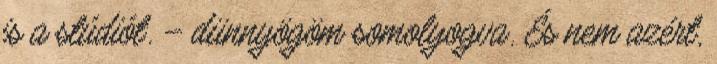
is a stúdiót. – dünnyögöm somolyogva. És nem azért,